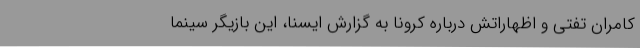
کامران تفتی و اظهاراتش درباره کرونا به گزارش ایسنا، این بازیگر سینما